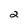
Character: 2